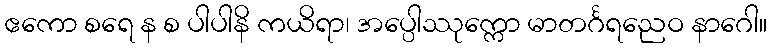
ဧကော စရေ န စ ပါပါနိ ကယိရာ၊ အပ္ပေါဿုက္ကော မာတင်္ဂရညေဝ နာဂေါ။